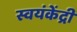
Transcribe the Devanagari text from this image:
स्वयंकेंद्री